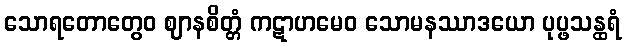
သောရတောတွေဝ ဈာနစိတ္တံ ကဋာဟမေဝ သောမနဿာဒယော ပုပ္ဖသန္ထရံ